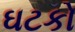
ઘટકો